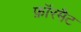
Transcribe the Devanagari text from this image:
फ़ॉरमैट